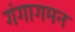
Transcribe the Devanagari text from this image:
गंगागमन